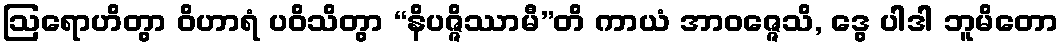
ဩရောဟိတွာ ဝိဟာရံ ပဝိသိတွာ “နိပဇ္ဇိဿာမီ”တိ ကာယံ အာဝဇ္ဇေသိ, ဒွေ ပါဒါ ဘူမိတော